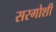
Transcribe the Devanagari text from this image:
सरगोशी